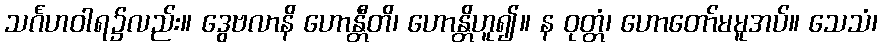
သင်္ဂဟဝါရ၌လည်း။ ဒွေဗလာနိ ဟောန္တီတိ၊ ဟောန္တိဟူ၍။ န ဝုတ္တံ၊ ဟောတော်မမူအပ်။ သေသံ၊